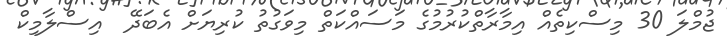
ޖުމްލަ 30 މިސްކިތެއް އިމާރާތްކުރުމުގެ މަސައްކަތް މިވަގުތު ކުރިޔަށް އެބަދޭ  އިސްލާމިކް